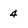
Character: 4